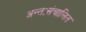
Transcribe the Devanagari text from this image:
अन्तःसंचालित